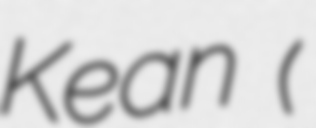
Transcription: Kean (